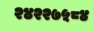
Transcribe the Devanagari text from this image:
२४२२७५८४